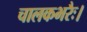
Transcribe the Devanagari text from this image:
चालकभरैः।